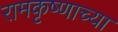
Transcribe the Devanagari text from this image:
रामकृष्णाच्या